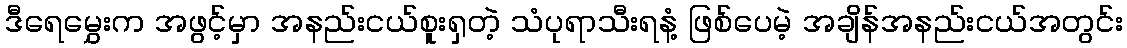
ဒီရေမွှေးက အဖွင့်မှာ အနည်းငယ်စူးရှတဲ့ သံပုရာသီးရနံ့ ဖြစ်ပေမဲ့ အချိန်အနည်းငယ်အတွင်း